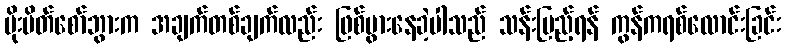
မိုးမိတ်စော်ဘွားက အချက်တစ်ချက်လည်း ဖြစ်ပွားနေခဲ့ပါသည် သန်းပြည့်ရန် ကွန်ကရစ်လောင်းခြင်း